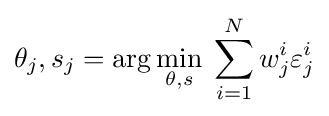
\theta _{j},s_{j}=\arg \min _{\theta ,s}\;\sum _{i=1}^{N}w_{j}^{i}\varepsilon _{j}^{i}